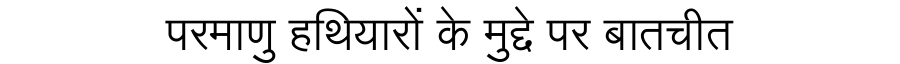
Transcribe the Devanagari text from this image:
परमाणु हथियारों के मुद्दे पर बातचीत